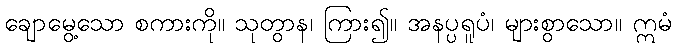
ချောမွေ့သော စကားကို။ သုတွာန၊ ကြား၍။ အနပ္ပရူပံ၊ များစွာသော။ ဣမံ